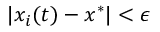
| x _ { i } ( t ) - x ^ { * } | < \epsilon